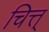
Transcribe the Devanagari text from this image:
चित्त्